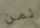
ثمن